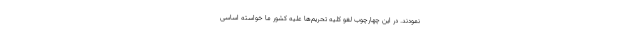
نمودند. در این چهارچوب لغو کلیه تحریم‌ها علیه کشور ما خواسته اساسی